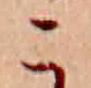
こ